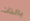
بالذات